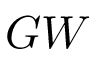
G W